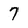
Character: 7